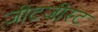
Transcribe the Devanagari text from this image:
ज़ीटजीस्ट